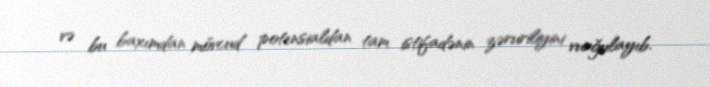
və bu baxımdan mövcud potensialdan tam istifadənin zəruriliyini vurğulayıb.